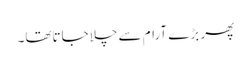
پھر بڑے آرام سے چلاجاتاتھا۔